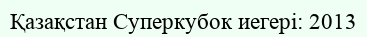
Қазақстан Суперкубок иегері: 2013